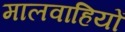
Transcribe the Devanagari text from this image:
मालवाहियों